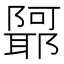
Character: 𲉢